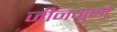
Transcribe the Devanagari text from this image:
जीनगुणों